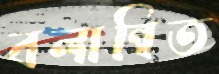
বলান্বিত